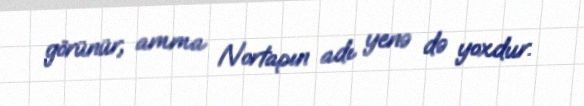
görünür, amma Nortapın adı yenə də yoxdur.